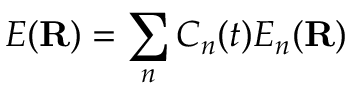
E ( \mathbf { R } ) = \sum _ { n } C _ { n } ( t ) E _ { n } ( \mathbf { R } )